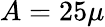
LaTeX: A=25\mu